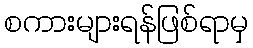
စကားများရန်ဖြစ်ရာမှ